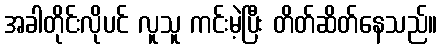
အခါတိုင်းလိုပင် လူသူ ကင်းမဲ့ပြီး တိတ်ဆိတ်နေသည်။